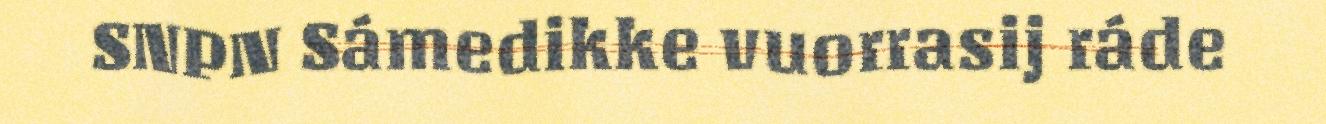
SNPN Sámedikke vuorrasij ráde